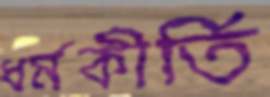
ধর্মকীর্তি